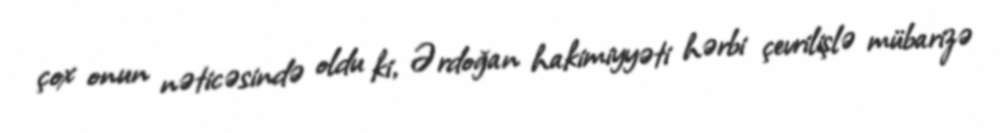
çox onun nəticəsində oldu ki, Ərdoğan hakimiyyəti hərbi çevrilişlə mübarizə